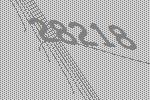
28218